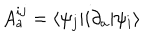
A _ { a } ^ { i j } = \langle \psi _ { j } | i \partial _ { a } | \psi _ { i } \rangle